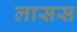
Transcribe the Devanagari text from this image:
लासस